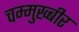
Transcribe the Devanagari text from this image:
चम्मुख्बीर